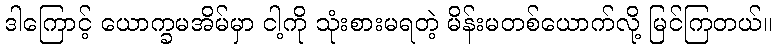
ဒါကြောင့် ယောက္ခမအိမ်မှာ ငါ့ကို သုံးစားမရတဲ့ မိန်းမတစ်ယောက်လို့ မြင်ကြတယ်။